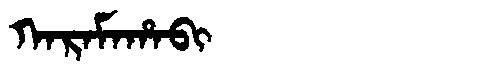
Manchu: ᡴᠠᡵᠠᠮᠠᡥᠠᠪᡳ
Romanization: KARAMAHABI